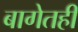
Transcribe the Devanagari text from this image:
बागेतही